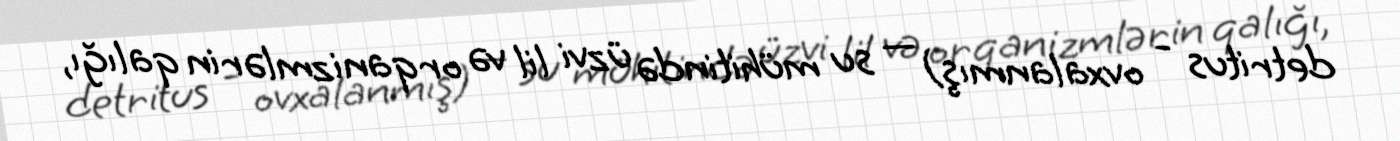
detritus - ovxalanmış) — su mühitində üzvi lil və orqanizmlərin qalığı,